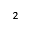
^ 2